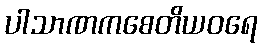
ပါသာဏကစေတိယဝရေ